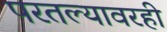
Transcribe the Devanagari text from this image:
परतल्यावरही